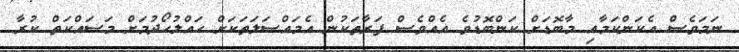
ނަމަވެސް އެކަންކަމާއި މާބޮޑަށް ކަންބޮޑުވެ އެއްވެސް ފަރާތަކުން އެމައްސަލަތަކަށް ހައްލުހޯދުމަށް މަސައްކަތް ކުރާ